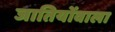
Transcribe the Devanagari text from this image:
जातियोंवाला